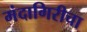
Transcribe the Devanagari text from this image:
मंदागिरीचा